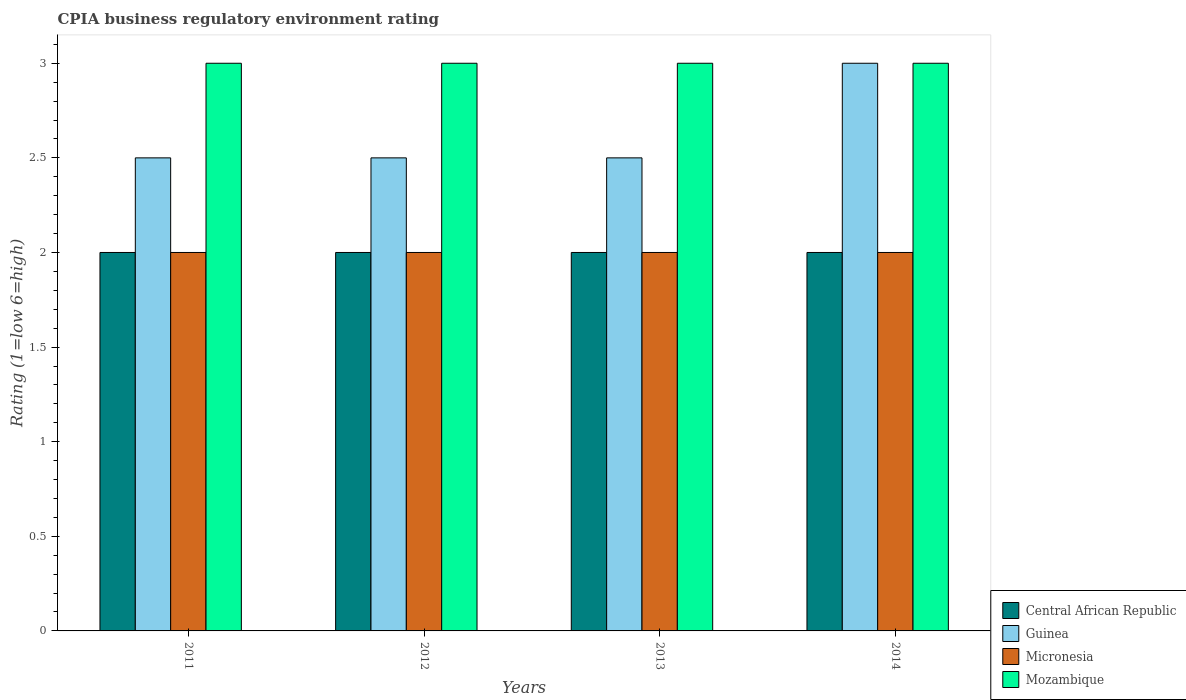
| Years | Central African Republic | Guinea | Micronesia | Mozambique |
 | --- | --- | --- | --- | --- |
 | 2011 | 2 | 2.5 | 2 | 3 |
 | 2012 | 2 | 2.5 | 2 | 3 |
 | 2013 | 2 | 2.5 | 2 | 3 |
 | 2014 | 2 | 3 | 2 | 3 |